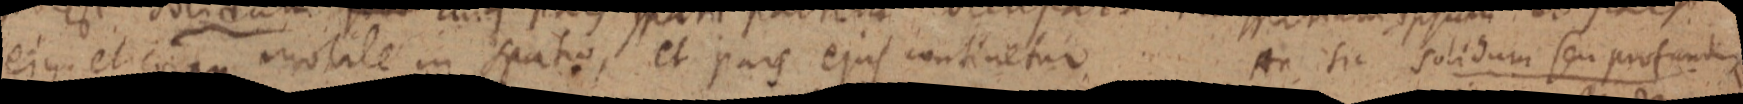
eius. et corpus mobile in spatio, et pars ejus continetur An sic solidum seu profundum